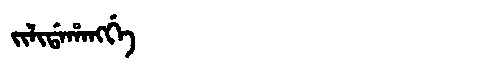
Manchu: ᠵᡳᠯᡳᡩᠠᡥᠠᠩᡤᡝ
Romanization: JILIDAHANGGE